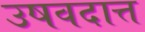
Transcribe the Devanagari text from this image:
उषवदात्त